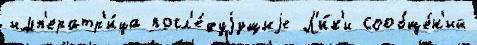
имп'ератр'и́ца посл'е́дуjущиjе Л'и́к'и сообще́н'ий